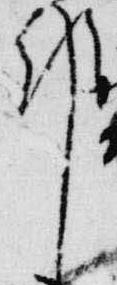
邦